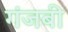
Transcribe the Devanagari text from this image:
गंजबी